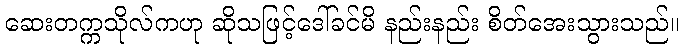
ဆေးတက္ကသိုလ်ကဟု ဆိုသဖြင့်ဒေါ်ခင်မိ နည်းနည်း စိတ်အေးသွားသည်။